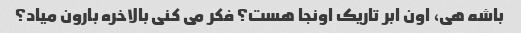
باشه هی، اون ابر تاریک اونجا هست؟ فکر می کنی بالاخره بارون میاد؟